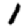
Digit: 1